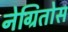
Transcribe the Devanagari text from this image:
नेग्रितोस